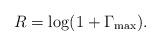
LaTeX: \begin{align*}R = \log(1 + \Gamma_{\max}).\end{align*}